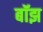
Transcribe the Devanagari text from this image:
बॉझ